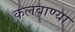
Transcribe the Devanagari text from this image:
कलवाण्या